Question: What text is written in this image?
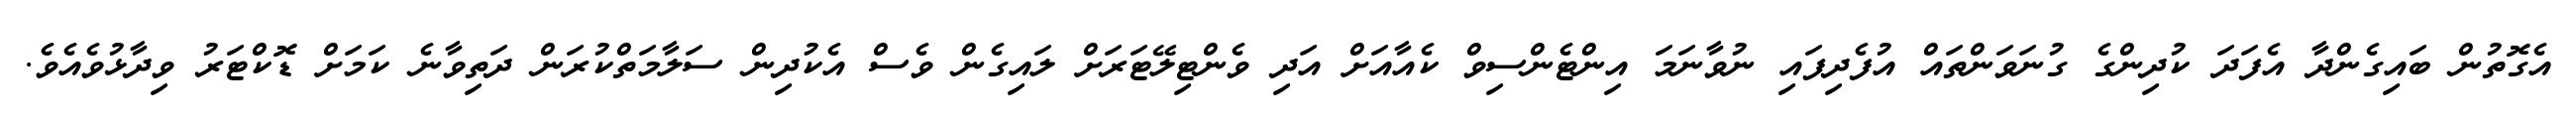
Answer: އެގޮތުން ބައިގެންދާ އެފަދަ ކުދިންގެ ގުނަވަންތައް އުފެދިފައި ނުވާނަމަ އިންޓެންސިވް ކެއާއަށް އަދި ވެންޓިލޭޓަރަށް ލައިގެން ވެސް އެކުދިން ސަލާމަތްކުރަން ދަތިވާނެ ކަމަށް ޑޮކްޓަރު ވިދާޅުވެއެވެ.